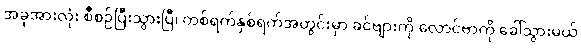
အခုအားလုံး စီစဉ်ပြီးသွားပြီ၊ တစ်ရက်နှစ်ရက်အတွင်းမှာ ခင်ဗျားကို လောင်ဗာကို ခေါ်သွားမယ်